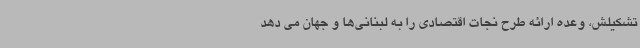
تشکیلش، وعده ارائه طرح نجات اقتصادی را به لبنانی‌ها و جهان می دهد